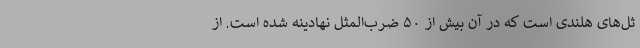
ثل‌های هلندی است که در آن بیش از ۵۰ ضرب‌المثل نهادینه شده است. از